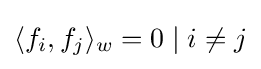
\langle f_{i},f_{j}\rangle _{w}=0\mid i\neq j